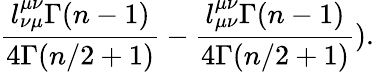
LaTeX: \frac{l_{\nu\mu}^{\mu\nu}\Gamma(n-1)}{4\Gamma(n/2+1)}-\frac{l_{\mu\nu}^{\mu\nu}\Gamma(n-1)}{4\Gamma(n/2+1)}).